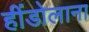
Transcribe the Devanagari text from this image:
हींडोलाना